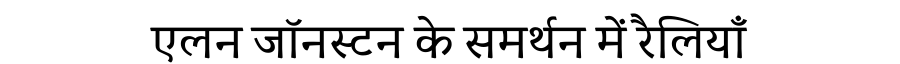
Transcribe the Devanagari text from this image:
एलन जॉनस्टन के समर्थन में रैलियाँ